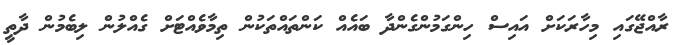
ރާއްޖޭގައި މިހާރަކަށް އައިސް ހިންގަމުންގެންދާ ބައެއް ކަންތައްތަކުން ތިމާވެއްޓަށް ގެއްލުން ލިބެމުން ދާތީ